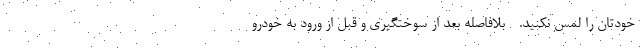
خودتان را لمس نکنید. - بلافاصله بعد از سوختگیری و قبل از ورود به خودرو